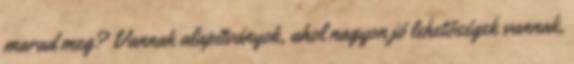
marad meg? Vannak alapítványok, ahol nagyon jó lehetőségek vannak,